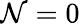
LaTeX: \mathcal{N}=0